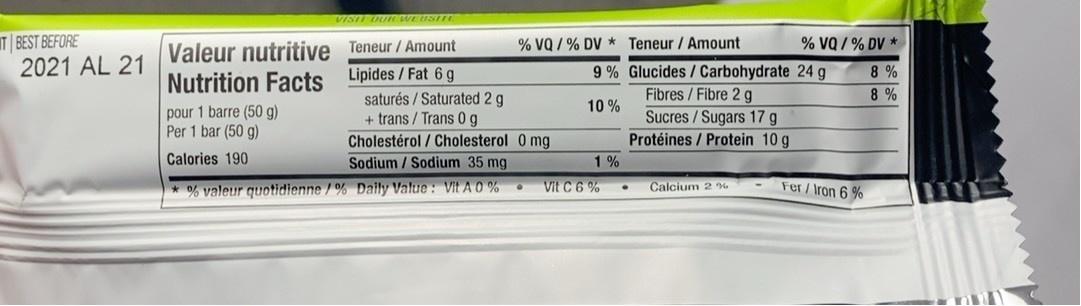
VIST DUR WE USITE
T BEST BEFORE 2021 AL 21
% VQ / % DV *
Valeur nutritive Teneur / Amount Lipides /Fat 6 g
% VQ / % DV * Teneur / Amount
9% Glucides/Carbohydrate 24 g
8 %
Nutrition Facts
Fibres/Fibre 2 g
8 %
saturés / Saturated 2 g + trans / Trans 0g
10 %
pour 1 barre (50 g) Per 1 bar (50 g)
Sucres/Sugars 17 g
Cholestérol / Cholesterol 0 mg
Protéines / Protein 10 g
Calories 190
Sodium / Sodium 35 mg
1 %
Vit C 6 %
Fer/Iron 6 %
* % valeur quotidienne / % Daily Value : Vit A 0 %
Calcium 2 %